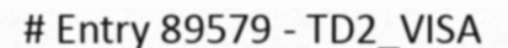
# Entry 89579 - TD2_VISA